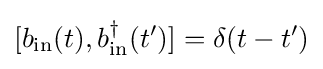
[b_{\mathrm {in} }(t),b_{\mathrm {in} }^{\dagger }(t^{\prime })]=\delta (t-t^{\prime })